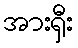
အားရှီး